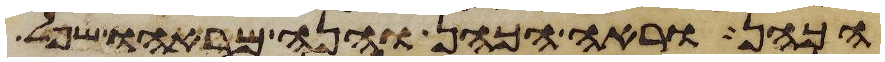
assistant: הכהן וראה הכהן והנה מראהו שפל